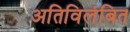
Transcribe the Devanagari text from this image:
अतिविलंबित